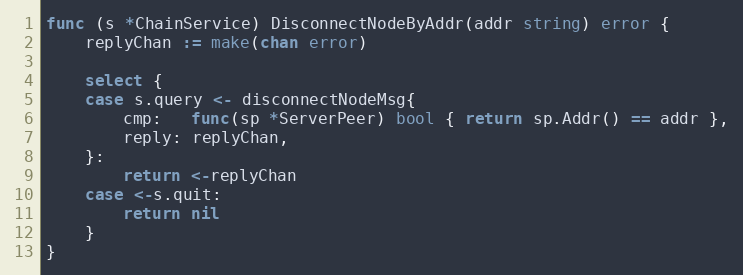
Language: Go
func (s *ChainService) DisconnectNodeByAddr(addr string) error {
	replyChan := make(chan error)

	select {
	case s.query <- disconnectNodeMsg{
		cmp:   func(sp *ServerPeer) bool { return sp.Addr() == addr },
		reply: replyChan,
	}:
		return <-replyChan
	case <-s.quit:
		return nil
	}
}